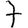
Digit: 7